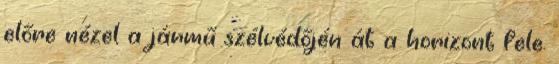
előre nézel a jármű szélvédőjén át a horizont fele.